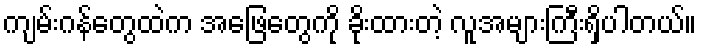
ကျမ်းဂန်တွေထဲက အဖြေတွေကို ခိုးထားတဲ့ လူအများကြီးရှိပါတယ်။